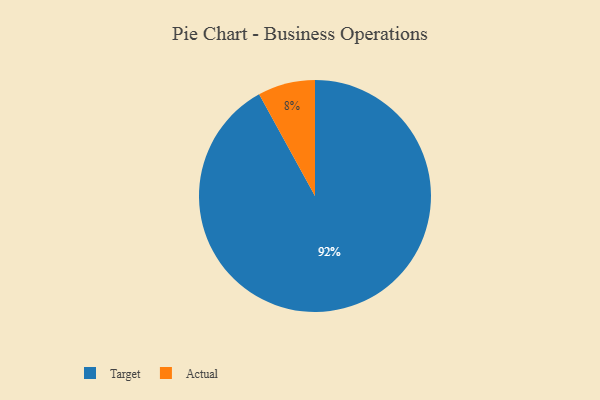
{"axis": {"x": "Category", "y": "Percentage"}, "legend": ["Actual", "Target"], "data": [{"x": "Actual", "y": 8, "type": "Actual"}, {"x": "Target", "y": 92, "type": "Target"}]}